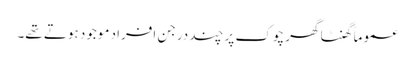
عموماً گھنٹا گھر چوک پر چند درجن افراد موجود ہوتے تھے۔